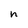
Character: n